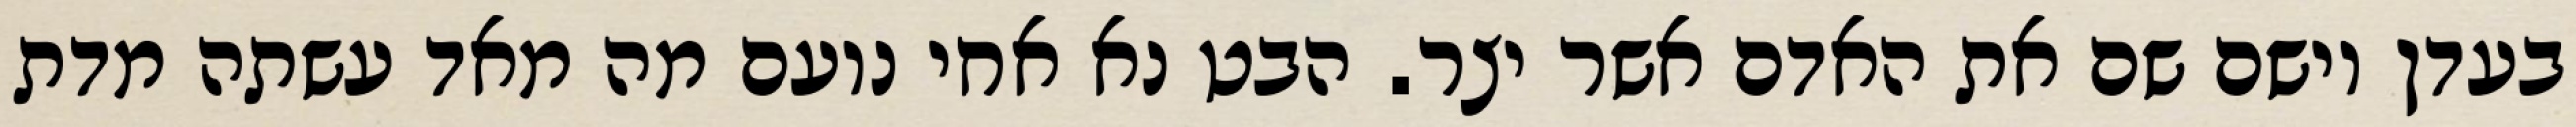
בעדן וישם שם את האדם אשר יצר. הבט נא אחי נועם מה מאד עשתה מדת